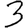
Digit: 3